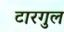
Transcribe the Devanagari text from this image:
टारगुल